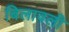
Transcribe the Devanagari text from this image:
बिलावली